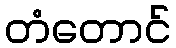
တံတောင်